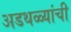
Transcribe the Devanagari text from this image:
अडथळ्यांची